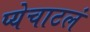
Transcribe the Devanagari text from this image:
प्येचाटलं